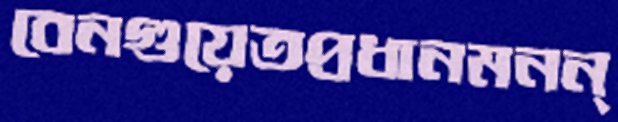
বেনগুয়েতপ্রধানমনন্